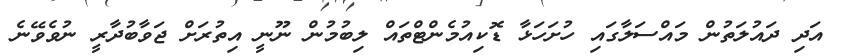
އަދި ދައުލަތުން މައްސަލާގައި ހުށަހަޅާ ޑޮކިއުމެންޓްތައް ލިބުމުން ނޫނީ އިތުރަށް ޖަވާބުދާރީ ނުވެވޭނެ